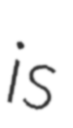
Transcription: is